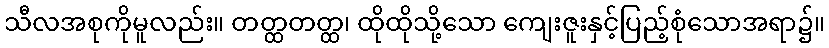
သီလအစုကိုမူလည်း။ တတ္ထတတ္ထ၊ ထိုထိုသို့သော ကျေးဇူးနှင့်ပြည့်စုံသောအရာ၌။